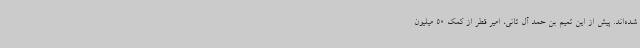
شده‌اند. پیش از این تمیم بن حمد آل ثانی، امیر قطر از کمک 50 میلیون